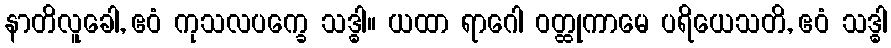
နာတိလူခေါ, ဧဝံ ကုသလပက္ခေ သဒ္ဓါ။ ယထာ ရာဂေါ ဝတ္ထုကာမေ ပရိယေသတိ, ဧဝံ သဒ္ဓါ